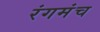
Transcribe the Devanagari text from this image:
रंगमंंच